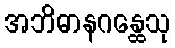
အဘိဓာနဂန္ထေသု